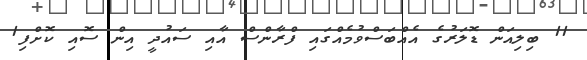
11 ބިލިއަން ޑޮލަރުގެ އެއްބަސްވުމެއްގައި ފްރާންސް އާއި ސައުދީ އިން ސޮއި ކޮށްފި1